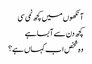
آنکھوں میں کچھ نمی سی
کچھ دن سے آبسا ہے
وہ شخص اب کہاں ہے؟